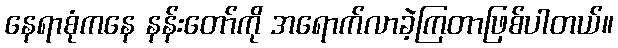
နေရာစုံကနေ နန်းတော်ကို အရောက်လာခဲ့ကြတာဖြစ်ပါတယ်။